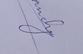
Signature authenticity: genuine